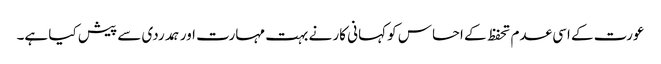
عورت کے اسی عدم تحفظ کے احساس کو کہانی کار نے بہت مہارت اور ہمدردی سے پیش کیا ہے۔